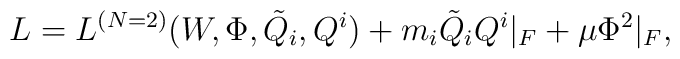
L=  L^{(N=2)}(W,  \Phi, {\tilde Q}_i, Q^i)   +  m_i {\tilde Q}_i Q^i |_F   +\mu  \Phi^2  |_F,